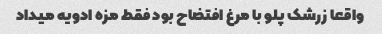
واقعا زرشک پلو با مرغ افتضاح بود فقط مزه ادویه میداد